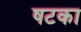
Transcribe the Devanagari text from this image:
षटका